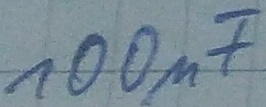
Text: 100µF